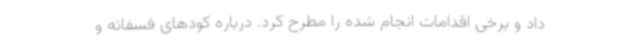
داد و برخی اقدامات انجام شده را مطرح کرد. درباره کودهای فسفاته و